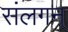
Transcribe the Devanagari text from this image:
संलगन्